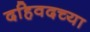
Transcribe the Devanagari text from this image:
दहिवदच्या